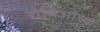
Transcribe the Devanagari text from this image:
रोमिओच्या